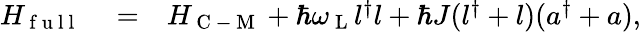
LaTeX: \begin{array}{rlr}{H_{\mathrm{~f~u~l~l~}}}&{{}=}&{H_{\mathrm{~C~-~M~}}+\hbar\omega_{\mathrm{~L~}}l^{\dagger}l+\hbar J(l^{\dagger}+l)(a^{\dagger}+a),}\end{array}